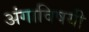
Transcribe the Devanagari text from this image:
अंगाविषयी